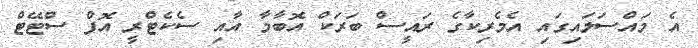
އެ މައްސަލައިގައި އެމެރިކާގެ ރައީސް ބަރަކް އޮބާމާ އާއި ސެކެޓްރީ އޮފް ސްޓޭޓް